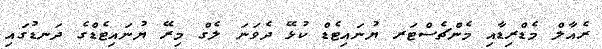
ރެއާލް މެޑްރިޑާއި މެންޗެސްޓަރ ޔުނައިޓެޑް ކުޅޭ ދެވަނަ ލެގް މިރޭ ޔުނައިޓެޑްގެ ދަނޑުގައި